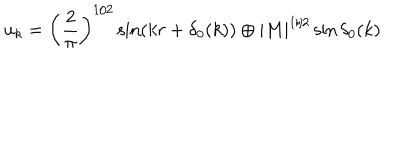
LaTeX: u _ { k } = \left( \frac { 2 } { \pi } \right) ^ { 1 / 2 } \sin ( k r + \delta _ { 0 } ( k ) ) \oplus | M | ^ { 1 / 2 } \sin \delta _ { 0 } ( k )